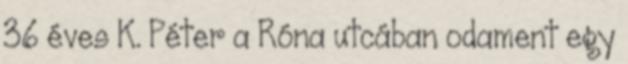
36 éves K. Péter a Róna utcában odament egy